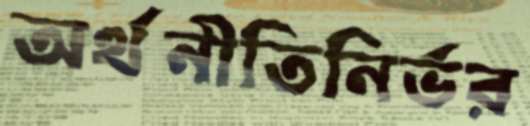
অর্থনীতিনির্ভর